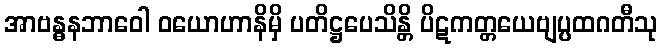
အာဗန္ဓနဘာဝေါ ဝယောဟာနိမှိ ပတိဋ္ဌပေသိန္တိ ပိဋကတ္တယေဗျပ္ပထဂတီသု